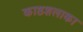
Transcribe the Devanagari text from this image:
काष्ठशलाका